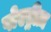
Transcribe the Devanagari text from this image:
पोएट्रीज़